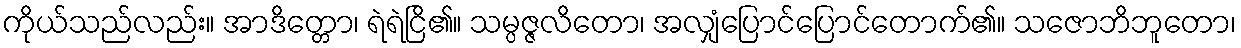
ကိုယ်သည်လည်း။ အာဒိတ္တော၊ ရဲရဲငြိ၏။ သမ္ပဇ္ဇလိတော၊ အလျှံပြောင်ပြောင်တောက်၏။ သဇောဘိဘူတော၊